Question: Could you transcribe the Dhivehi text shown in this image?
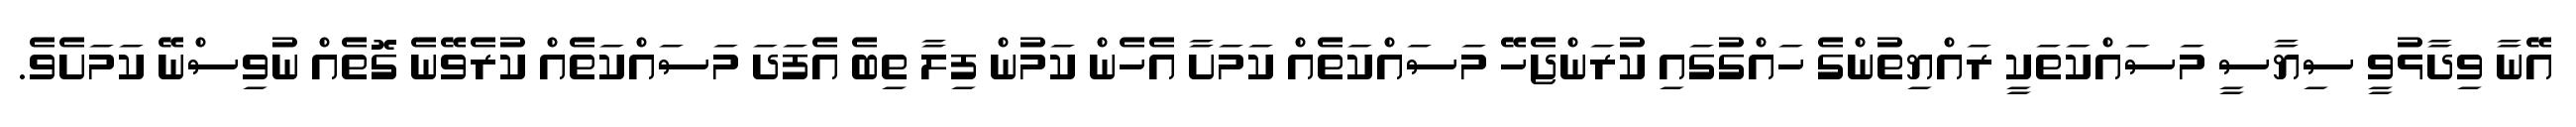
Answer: އޭނާ ވިދާޅުވީ ސިޔާސީ މަސައްކަތަކީ ރައްޔިތުންގެ ހައްގުގައި ކުރަންޖެހޭ މަސައްކަތެއް ކަމަށާ އެހެން ކަމުން ފިލާ ތިބެ އެފަދަ މަސައްކަތެއް ކުރެވޭނެ ގޮތެއް ނުވިސްނޭ ކަމަށެވެ.